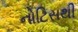
નોટિસથી